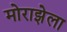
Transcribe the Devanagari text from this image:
मोराझेला